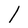
Character: 1